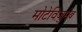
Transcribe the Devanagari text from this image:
मोटेविज़ुमेब